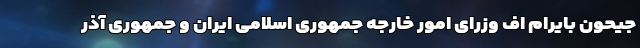
جیحون بایرام اف وزرای امور خارجه جمهوری اسلامی ایران و جمهوری آذر